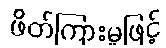
ဖိတ်ကြားမှုဖြင့်